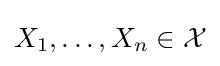
X_{1},\ldots ,X_{n}\in {\mathcal {X}}